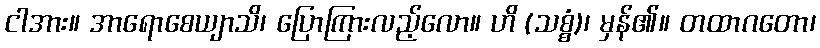
ငါအား။ အာရောစေယျာသိ၊ ပြောကြားလည့်လော။ ဟိ (သစ္စံ)၊ မှန်၏။ တထာဂတော၊